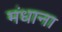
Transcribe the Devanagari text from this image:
मंधाना